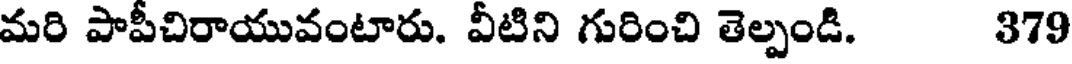
మరి పాపీచిరాయువంటారు. వీటిని గురించి తెల్పండి. 379